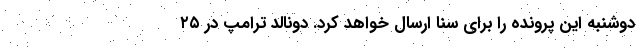
دوشنبه این پرونده را برای سنا ارسال خواهد کرد. دونالد ترامپ در ۲۵